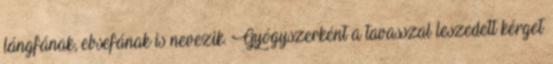
lángfának, ebsefának is nevezik. Gyógyszerként a tavasszal leszedett kérget